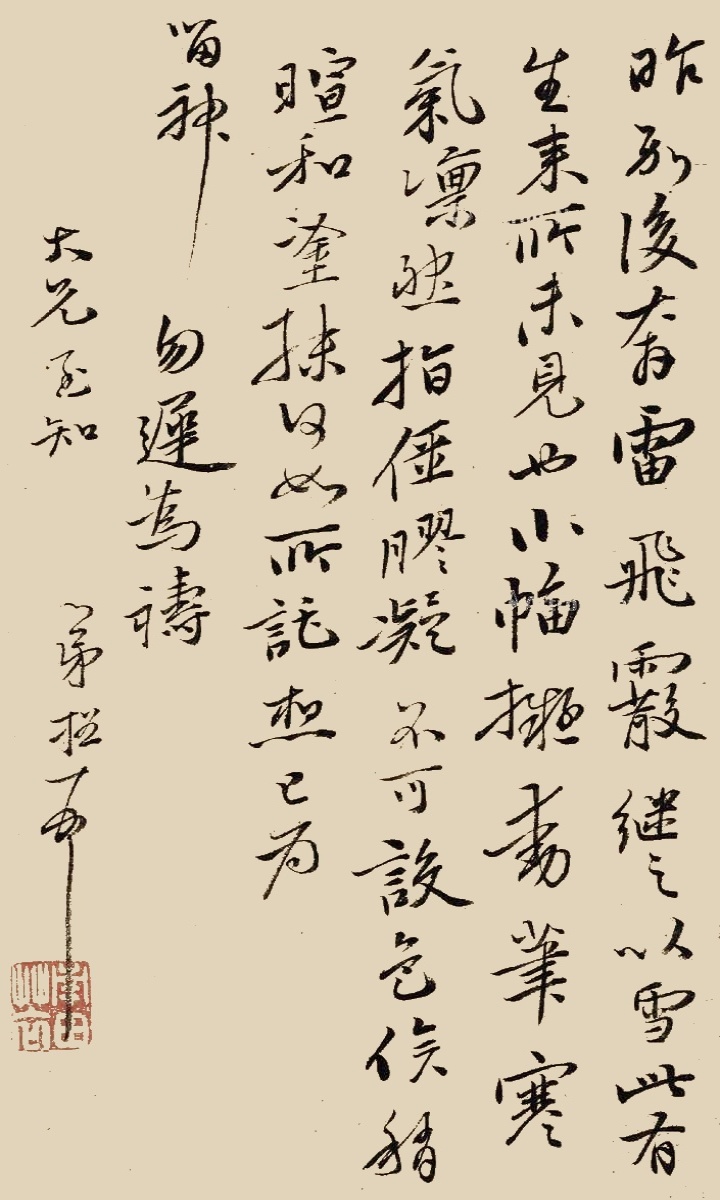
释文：昨别后奔雷飞霰，继之以雪，此有生来所未见也。小幅拟动笔，寒气凛然，指僵胶凝，不可设色。俟稍暄和涂抹何如。所托想已为留神，勿迟为祷。大兄至知，弟格顿首。